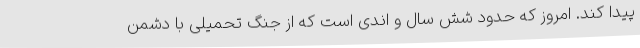
پیدا کند. امروز که حدود شش سال و اندی است که از جنگ تحمیلی با دشمن